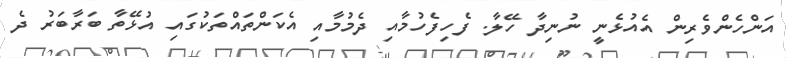
އަންހެންވެރިން އެއުޅެނީ ނުނިދާ ހޭލާ. ފެހިފެހުމާއި ދެމުމާއި އެކަންތައްތަކުގައި އުޅޭތާ ބަރާބަރު ދެ